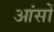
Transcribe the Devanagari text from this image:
आंसों